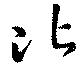
比